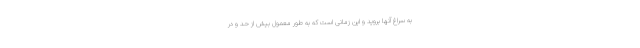
به سراغ آنها بروید و این زمانی است که به طور معمول بیش از حد و در